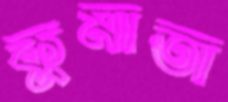
কুমাতা